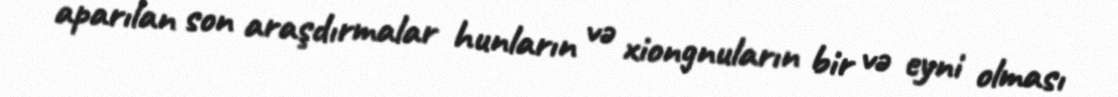
aparılan son araşdırmalar hunların və xiongnuların bir və eyni olması